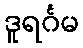
ဒူရင်္ဂမ